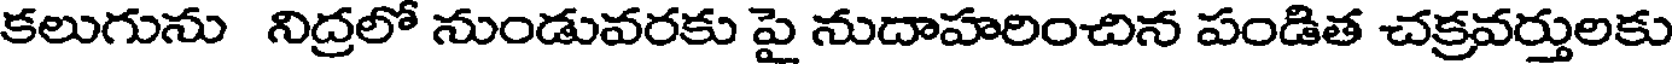
కలుగును నిద్రలో నుండువరకు పై నుదాహరించిన పండిత చక్రవర్తులకు